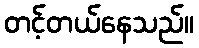
တင့်တယ်နေသည်။